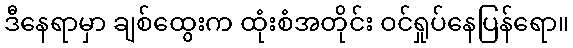
ဒီနေရာမှာ ချစ်ထွေးက ထုံးစံအတိုင်း ဝင်ရှုပ်နေပြန်ရော။